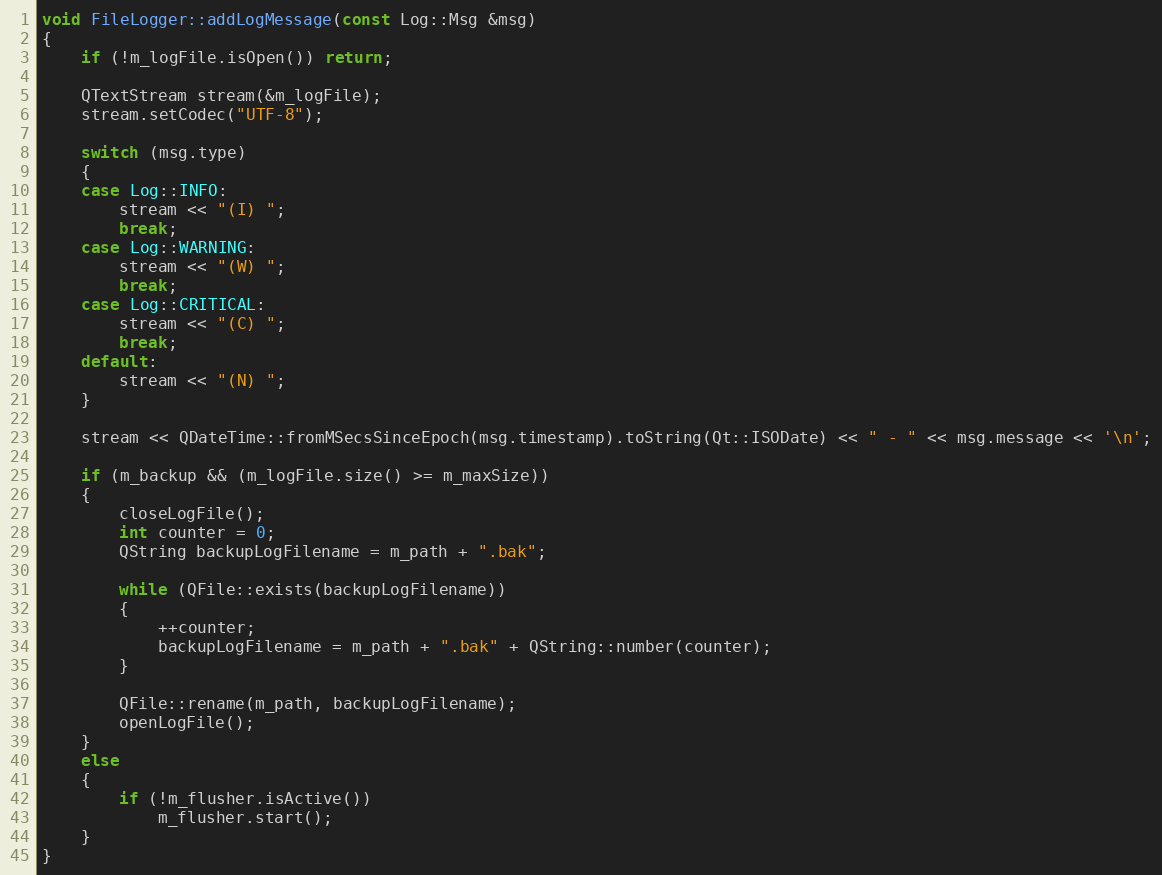
Language: C++
void FileLogger::addLogMessage(const Log::Msg &msg)
{
    if (!m_logFile.isOpen()) return;

    QTextStream stream(&m_logFile);
    stream.setCodec("UTF-8");

    switch (msg.type)
    {
    case Log::INFO:
        stream << "(I) ";
        break;
    case Log::WARNING:
        stream << "(W) ";
        break;
    case Log::CRITICAL:
        stream << "(C) ";
        break;
    default:
        stream << "(N) ";
    }

    stream << QDateTime::fromMSecsSinceEpoch(msg.timestamp).toString(Qt::ISODate) << " - " << msg.message << '\n';

    if (m_backup && (m_logFile.size() >= m_maxSize))
    {
        closeLogFile();
        int counter = 0;
        QString backupLogFilename = m_path + ".bak";

        while (QFile::exists(backupLogFilename))
        {
            ++counter;
            backupLogFilename = m_path + ".bak" + QString::number(counter);
        }

        QFile::rename(m_path, backupLogFilename);
        openLogFile();
    }
    else
    {
        if (!m_flusher.isActive())
            m_flusher.start();
    }
}